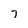
Character: 7